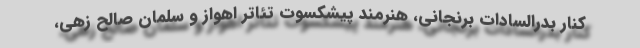
کنار بدرالسادات برنجانی، هنرمند پیشکسوت تئاتر اهواز و سلمان صالح زهی،